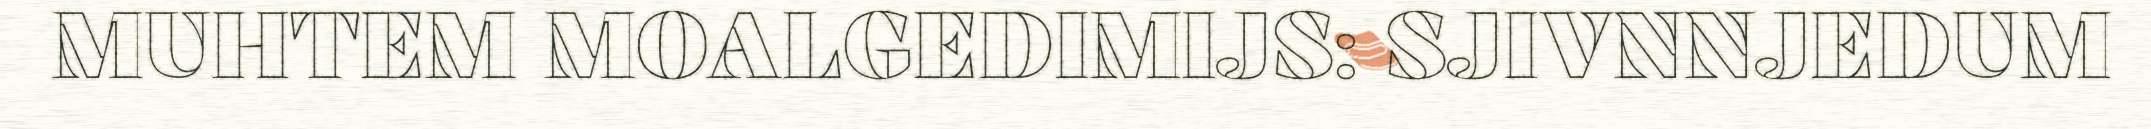
MUHTEM MOALGEDIMIJS: SJIVNNJEDUM